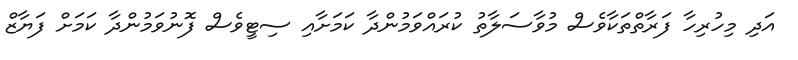
އަދި މިހުރިހާ ފަރާތްތަކާވެސް މުވާސަލާތު ކުރައްވަމުންދާ ކަމަށާއި ސިޓީވެސް ފޮނުވަމުންދާ ކަމަށް ފަޔާޒް